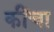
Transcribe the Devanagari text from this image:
कींचा